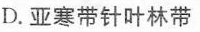
D.亚寒带针叶林带